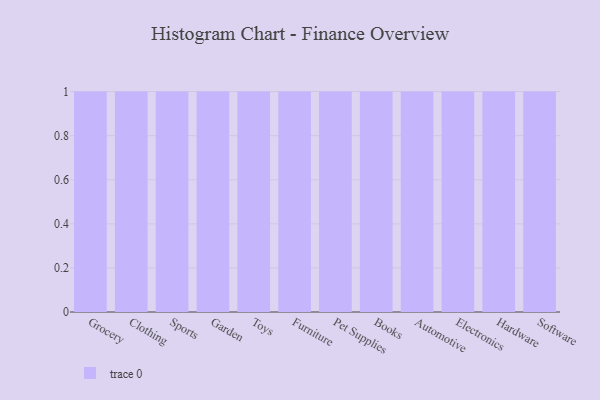
{"axis": {"x": "Category", "y": "Churn Rate (%)"}, "legend": [""], "data": [{"x": "Grocery", "y": 58, "type": ""}, {"x": "Clothing", "y": 48, "type": ""}, {"x": "Sports", "y": 58, "type": ""}, {"x": "Garden", "y": 41, "type": ""}, {"x": "Toys", "y": 47, "type": ""}, {"x": "Furniture", "y": 27, "type": ""}, {"x": "Pet Supplies", "y": 58, "type": ""}, {"x": "Books", "y": 92, "type": ""}, {"x": "Automotive", "y": 71, "type": ""}, {"x": "Electronics", "y": 98, "type": ""}, {"x": "Hardware", "y": 9, "type": ""}, {"x": "Software", "y": 33, "type": ""}]}